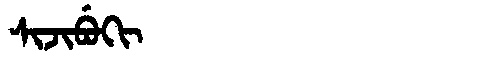
Manchu: ᠰᡳᠵᡳᠪᡠᡴᡳ
Romanization: SIJIBUKI